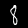
Label: 8